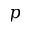
p